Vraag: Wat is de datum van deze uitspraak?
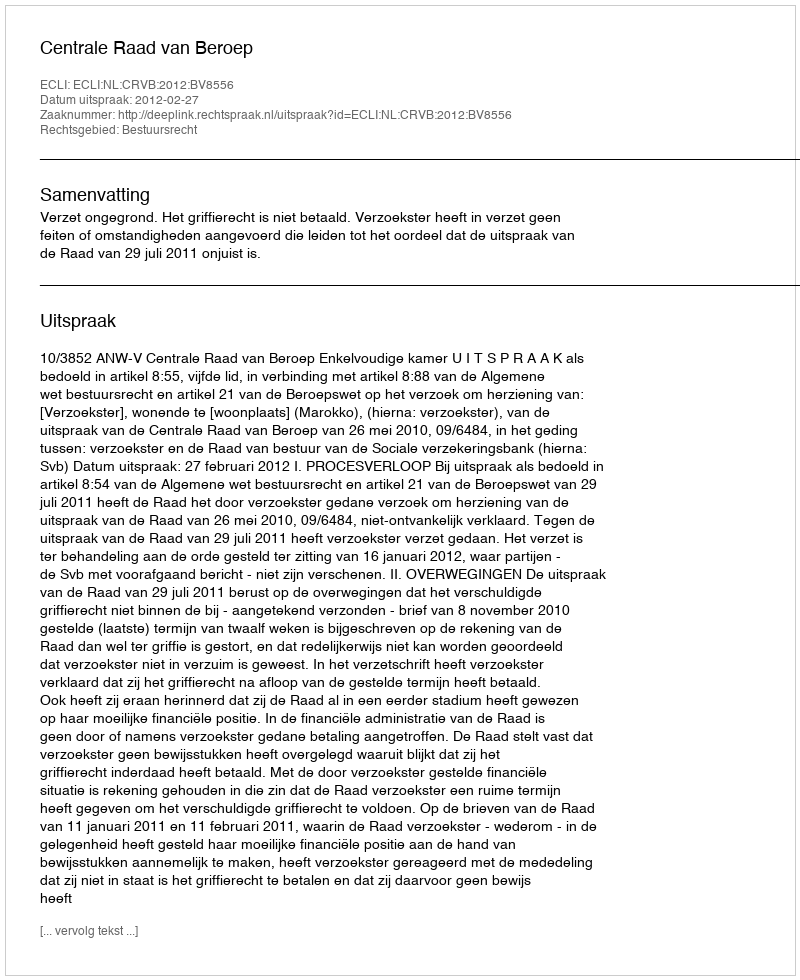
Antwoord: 2012-02-27